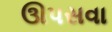
ઊપસવા